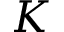
K